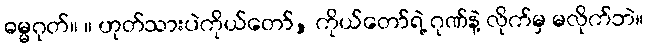
ဓမ္မဂုတ်။ ။ ဟုတ်သားပဲကိုယ်တော်, ကိုယ်တော်ရဲ့ ဂုဏ်နဲ့ လိုက်မှ မလိုက်ဘဲ။